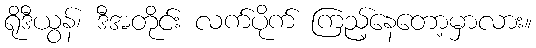
ရိုဒီယွန်၊ ဒီအတိုင်း လက်ပိုက် ကြည့်နေတော့မှာလား။